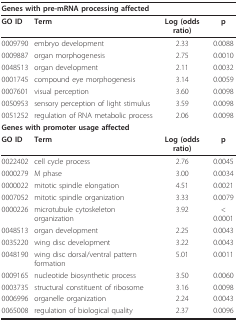
<table><thead><tr><td colspan="2"><b>Genes with pre-mRNA processing affected</b></td><td></td><td></td></tr></thead><tbody><tr><td><b>GO ID</b></td><td><b>Term</b></td><td><b>Log (odds ratio)</b></td><td><b>p</b></td></tr><tr><td>0009790</td><td>embryo development</td><td>2.33</td><td>0.0088</td></tr><tr><td>0009887</td><td>organ morphogenesis</td><td>2.75</td><td>0.0010</td></tr><tr><td>0048513</td><td>organ development</td><td>2.11</td><td>0.0032</td></tr><tr><td>0001745</td><td>compound eye morphogenesis</td><td>3.14</td><td>0.0059</td></tr><tr><td>0007601</td><td>visual perception</td><td>3.60</td><td>0.0098</td></tr><tr><td>0050953</td><td>sensory perception of light stimulus</td><td>3.59</td><td>0.0098</td></tr><tr><td>0051252</td><td>regulation of RNA metabolic process</td><td>2.06</td><td>0.0098</td></tr><tr><td colspan="2"><b>Genes with promoter usage affected</b></td><td></td><td></td></tr><tr><td><b>GO ID</b></td><td><b>Term</b></td><td><b>Log (odds ratio)</b></td><td><b>p</b></td></tr><tr><td>0022402</td><td>cell cycle process</td><td>2.76</td><td>0.0045</td></tr><tr><td>0000279</td><td>M phase</td><td>3.00</td><td>0.0034</td></tr><tr><td>0000022</td><td>mitotic spindle elongation</td><td>4.51</td><td>0.0021</td></tr><tr><td>0007052</td><td>mitotic spindle organization</td><td>3.33</td><td>0.0079</td></tr><tr><td>0000226</td><td>microtubule cytoskeleton organization</td><td>3.92</td><td>&lt; 0.0001</td></tr><tr><td>0048513</td><td>organ development</td><td>2.25</td><td>0.0043</td></tr><tr><td>0035220</td><td>wing disc development</td><td>3.22</td><td>0.0043</td></tr><tr><td>0048190</td><td>wing disc dorsal/ventral pattern formation</td><td>5.01</td><td>0.0011</td></tr><tr><td>0009165</td><td>nucleotide biosynthetic process</td><td>3.50</td><td>0.0060</td></tr><tr><td>0003735</td><td>structural constituent of ribosome</td><td>3.16</td><td>0.0098</td></tr><tr><td>0006996</td><td>organelle organization</td><td>2.24</td><td>0.0043</td></tr><tr><td>0065008</td><td>regulation of biological quality</td><td>2.37</td><td>0.0096</td></tr></tbody></table>